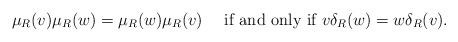
LaTeX: \begin{align*}\mu_R(v)\mu_R(w)=\mu_R(w)\mu_R(v) \quad\textrm{ if and only if }v\delta_R(w)= w\delta_R(v). \end{align*}